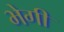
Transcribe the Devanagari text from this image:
भेगी